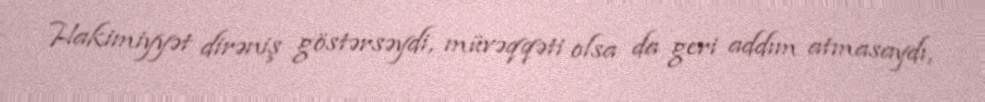
Hakimiyyət dirəniş göstərsəydi, müvəqqəti olsa da geri addım atmasaydı,